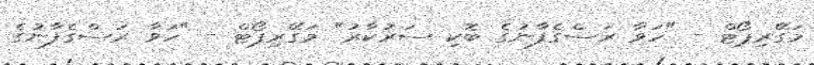
މަގޭރިޕޯޓް - "ހަވާ ރަސްގެފާނުގެ ބޮކި ސަރުކާރު" މަގޭރިޕޯޓް - "ހަވާ ރަސްގެފާނުގެ